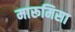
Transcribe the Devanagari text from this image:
मारूमिसा